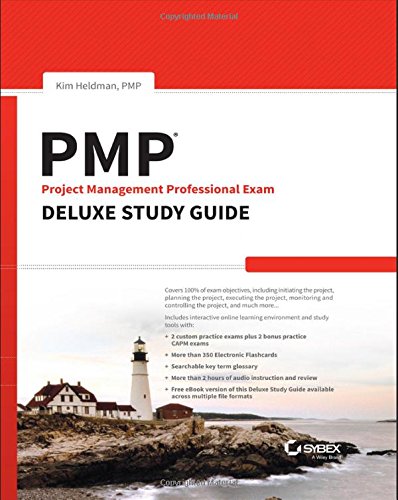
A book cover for PMP Project Management Professional Exam Deluxe Study Guide; Kim Heldman; Test Preparation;